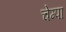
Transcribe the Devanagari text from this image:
चेम्पा